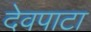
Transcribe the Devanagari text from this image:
देवपाटा